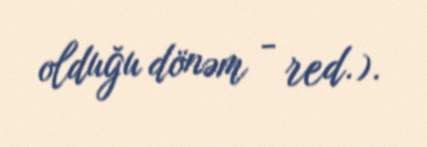
olduğu dönəm - red.).